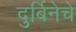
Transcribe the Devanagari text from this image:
दुर्बिनेचे